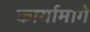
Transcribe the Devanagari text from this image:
कार्यामागे